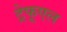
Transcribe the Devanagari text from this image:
ट्रेफूएल